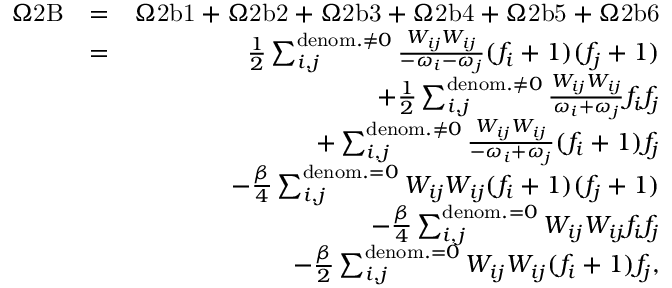
\begin{array} { r l r } { \Omega \mathrm { 2 B } } & { = } & { \Omega \mathrm { 2 b 1 } + \Omega \mathrm { 2 b 2 } + \Omega \mathrm { 2 b 3 } + \Omega \mathrm { 2 b 4 } + \Omega \mathrm { 2 b 5 } + \Omega \mathrm { 2 b 6 } } \\ & { = } & { \frac { 1 } { 2 } \sum _ { i , j } ^ { \mathrm { d e n o m . } \neq 0 } \frac { W _ { i j } W _ { i j } } { - \omega _ { i } - \omega _ { j } } ( f _ { i } + 1 ) ( f _ { j } + 1 ) } \\ & { } & { + \frac { 1 } { 2 } \sum _ { i , j } ^ { \mathrm { d e n o m . } \neq 0 } \frac { W _ { i j } W _ { i j } } { \omega _ { i } + \omega _ { j } } f _ { i } f _ { j } } \\ & { } & { + \sum _ { i , j } ^ { \mathrm { d e n o m . } \neq 0 } \frac { W _ { i j } W _ { i j } } { - \omega _ { i } + \omega _ { j } } ( f _ { i } + 1 ) f _ { j } } \\ & { } & { - \frac { \beta } { 4 } \sum _ { i , j } ^ { \mathrm { d e n o m . } = 0 } { W _ { i j } W _ { i j } } ( f _ { i } + 1 ) ( f _ { j } + 1 ) } \\ & { } & { - \frac { \beta } { 4 } \sum _ { i , j } ^ { \mathrm { d e n o m . } = 0 } { W _ { i j } W _ { i j } } f _ { i } f _ { j } } \\ & { } & { - \frac { \beta } { 2 } \sum _ { i , j } ^ { \mathrm { d e n o m . } = 0 } { W _ { i j } W _ { i j } } ( f _ { i } + 1 ) f _ { j } , } \end{array}